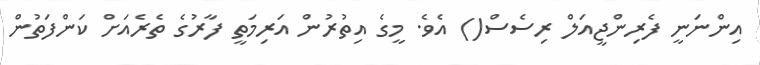
އިންނަނީ ފެރިންޖީއަލް ރިސެސް() އެވެ. މީގެ އިތުރުން އަރިމަތީ ފާރުގެ ތެރެއަށް ކަންފަތުން